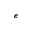
^ e